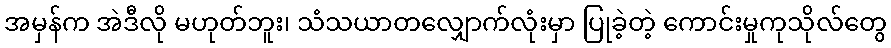
အမှန်က အဲဒီလို မဟုတ်ဘူး၊ သံသယာတလျှောက်လုံးမှာ ပြုခဲ့တဲ့ ကောင်းမှုကုသိုလ်တွေ